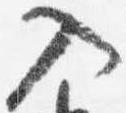
入